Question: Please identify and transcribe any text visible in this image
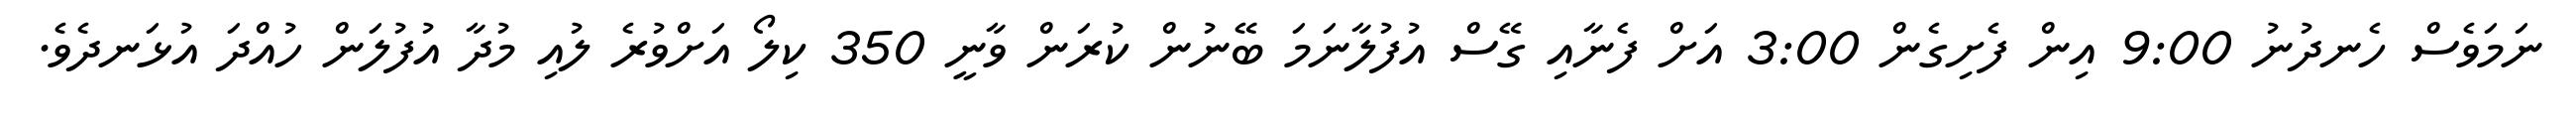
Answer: ނަމަވެސް ހެނދުނު 9:00 އިން ފެށިގެން 3:00 އަށް ފެނާއި ގޭސް އުފުލާނަމަ ބޭނުން ކުރަން ވާނީ 350 ކިލޯ އަށްވުރެ ލުއި މުދާ އުފުލަން ހުއްދަ އުޅަނދެވެ.